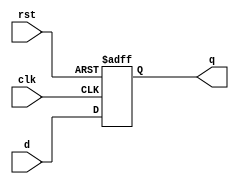
module asyn_dff_err_setup (
  clk,
  rst,
  d,
  q
);

  input    clk;
  input    rst;
  input    d;
  output   q;

  reg      q;

  always @( posedge clk or posedge rst ) begin
    if ( rst ) begin
      q <= 1'b0;
    end
    else begin
      q <= d;
    end
  end

endmodule